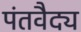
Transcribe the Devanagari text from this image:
पंतवैद्य